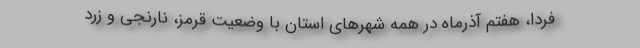
فردا، هفتم آذرماه در همه شهرهای استان با وضعیت قرمز، نارنجی و زرد